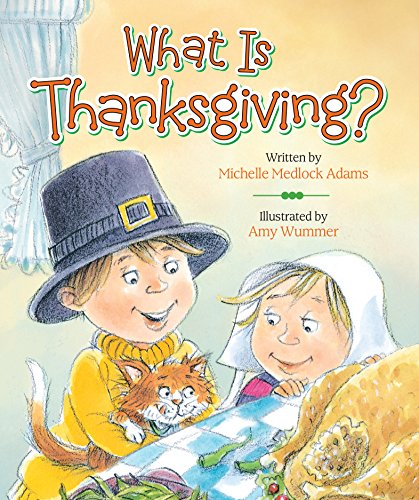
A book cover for What Is Thanksgiving?; Michelle Medlock Adams; Children's Books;